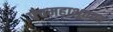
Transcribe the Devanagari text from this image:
पंचमहाभूतव्रत